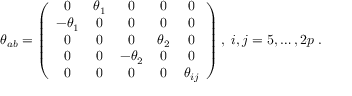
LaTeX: \theta _ { a b } = \left( \begin{array} { c c c c c } { { 0 } } & { { \theta _ { 1 } } } & { { 0 } } & { { 0 } } & { { 0 } } \\ { { - \theta _ { 1 } } } & { { 0 } } & { { 0 } } & { { 0 } } & { { 0 } } \\ { { 0 } } & { { 0 } } & { { 0 } } & { { \theta _ { 2 } } } & { { 0 } } \\ { { 0 } } & { { 0 } } & { { - \theta _ { 2 } } } & { { 0 } } & { { 0 } } \\ { { 0 } } & { { 0 } } & { { 0 } } & { { 0 } } & { { \theta _ { i j } } } \end{array} \right) , \ i , j = 5 , \dots , 2 p \ .